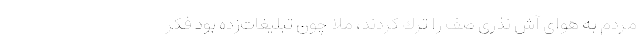
مردم به هوای‌ آش نذری صف را ترك كردند، ملا چون تبلیغات‌زده بود فكر